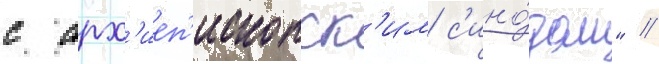
с арх'иеп'ископск'им с'ино́дом" //